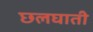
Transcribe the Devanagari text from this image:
छलघाती